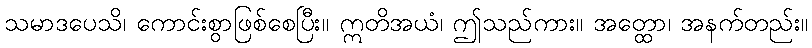
သမာဒပေသိ၊ ကောင်းစွာဖြစ်စေပြီး။ ဣတိအယံ၊ ဤသည်ကား။ အတ္ထော၊ အနက်တည်း။